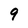
Character: 9